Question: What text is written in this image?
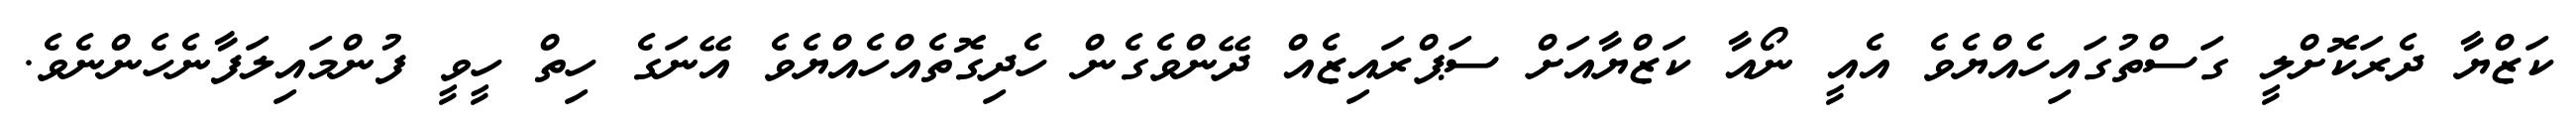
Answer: ކަޒްޔާ ދެރަކޮށްލީ ގަސްތުގައިހެއްޔެވެ އެއީ ނޯއާ ކަޒްޔާއަށް ސަޕްރައިޒެއް ދޭންވެގެން ހެދިގޮތެއްހެއްޔެވެ އޭނަގެ ހިތް ހީވީ ފުންމައިލަފާނެހެންނެވެ.